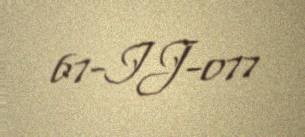
67-IJ-077